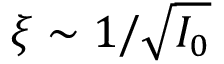
\xi \sim 1 / \sqrt { I _ { 0 } }